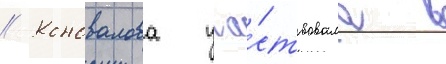
// Коновалова уча́ствовала в